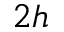
2 h